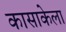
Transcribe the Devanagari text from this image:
कासाकेला